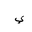
Letter: _ya